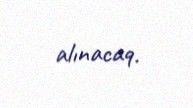
alınacaq.